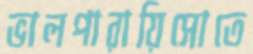
ভালপারায়িসোতে